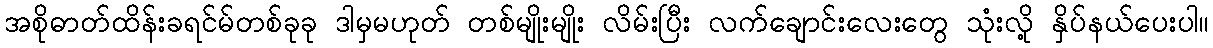
အစိုဓာတ်ထိန်းခရင်မ်တစ်ခုခု ဒါမှမဟုတ် တစ်မျိုးမျိုး လိမ်းပြီး လက်ချောင်းလေးတွေ သုံးလို့ နှိပ်နယ်ပေးပါ။